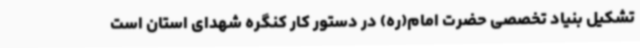
تشکیل بنیاد تخصصی حضرت امام(ره) در دستور کار کنگره شهدای استان است